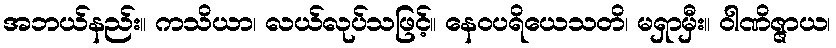
အဘယ်နည်း။ ကသိယာ၊ လယ်လုပ်သဖြင့်။ နေဝပရိယေသတိ၊ မရှာမှီး။ ဝါဏိဇ္ဇာယ၊